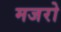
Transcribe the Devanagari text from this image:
मजरो